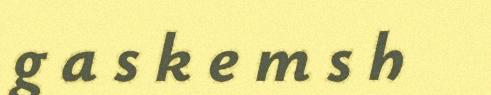
g a s k e m s h